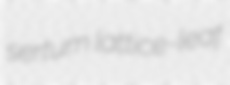
sertum lattice-leaf